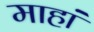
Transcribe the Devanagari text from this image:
माहां